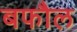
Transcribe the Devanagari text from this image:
बफौल